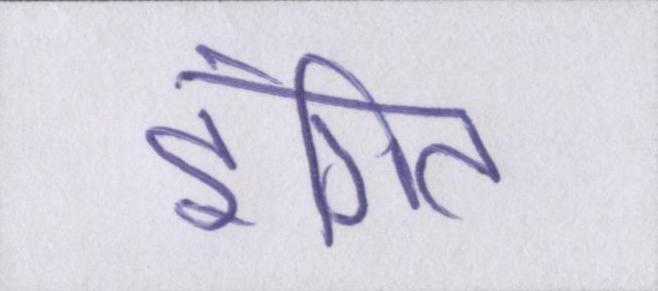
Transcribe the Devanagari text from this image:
इंगित